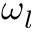
\omega _ { l }